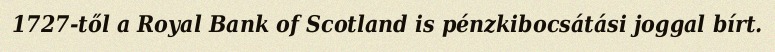
1727-től a Royal Bank of Scotland is pénzkibocsátási joggal bírt.